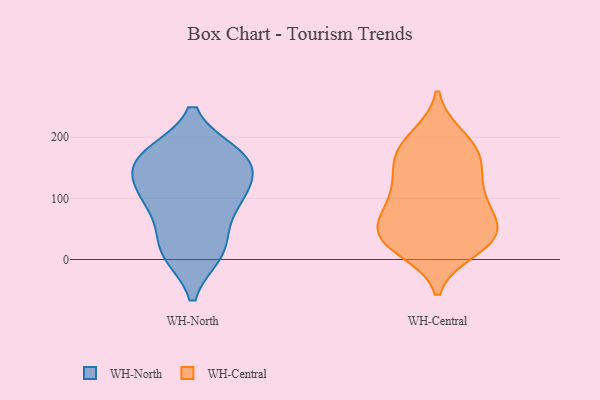
{"axis": {"x": "Temperature (°C)", "y": "Value"}, "legend": ["WH-Central", "WH-North"], "data": [{"x": "", "y": 53, "type": "WH-North"}, {"x": "", "y": 11, "type": "WH-North"}, {"x": "", "y": 88, "type": "WH-North"}, {"x": "", "y": 168, "type": "WH-North"}, {"x": "", "y": 10, "type": "WH-North"}, {"x": "", "y": 168, "type": "WH-North"}, {"x": "", "y": 149, "type": "WH-North"}, {"x": "", "y": 172, "type": "WH-North"}, {"x": "", "y": 110, "type": "WH-North"}, {"x": "", "y": 14, "type": "WH-North"}, {"x": "", "y": 141, "type": "WH-North"}, {"x": "", "y": 171, "type": "WH-North"}, {"x": "", "y": 109, "type": "WH-North"}, {"x": "", "y": 100, "type": "WH-North"}, {"x": "", "y": 106, "type": "WH-Central"}, {"x": "", "y": 175, "type": "WH-Central"}, {"x": "", "y": 85, "type": "WH-Central"}, {"x": "", "y": 193, "type": "WH-Central"}, {"x": "", "y": 35, "type": "WH-Central"}, {"x": "", "y": 24, "type": "WH-Central"}, {"x": "", "y": 164, "type": "WH-Central"}, {"x": "", "y": 200, "type": "WH-Central"}, {"x": "", "y": 134, "type": "WH-Central"}, {"x": "", "y": 167, "type": "WH-Central"}, {"x": "", "y": 49, "type": "WH-Central"}, {"x": "", "y": 35, "type": "WH-Central"}, {"x": "", "y": 17, "type": "WH-Central"}, {"x": "", "y": 89, "type": "WH-Central"}, {"x": "", "y": 73, "type": "WH-Central"}, {"x": "", "y": 130, "type": "WH-Central"}, {"x": "", "y": 44, "type": "WH-Central"}, {"x": "", "y": 36, "type": "WH-Central"}]}